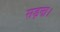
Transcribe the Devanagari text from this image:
सड़ना।